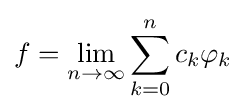
f=\lim _{n\to \infty }\sum _{k=0}^{n}c_{k}\varphi _{k}